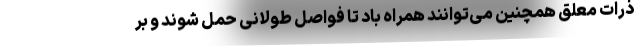
ذرات معلق همچنین می‌توانند همراه باد تا فواصل طولانی حمل شوند و بر